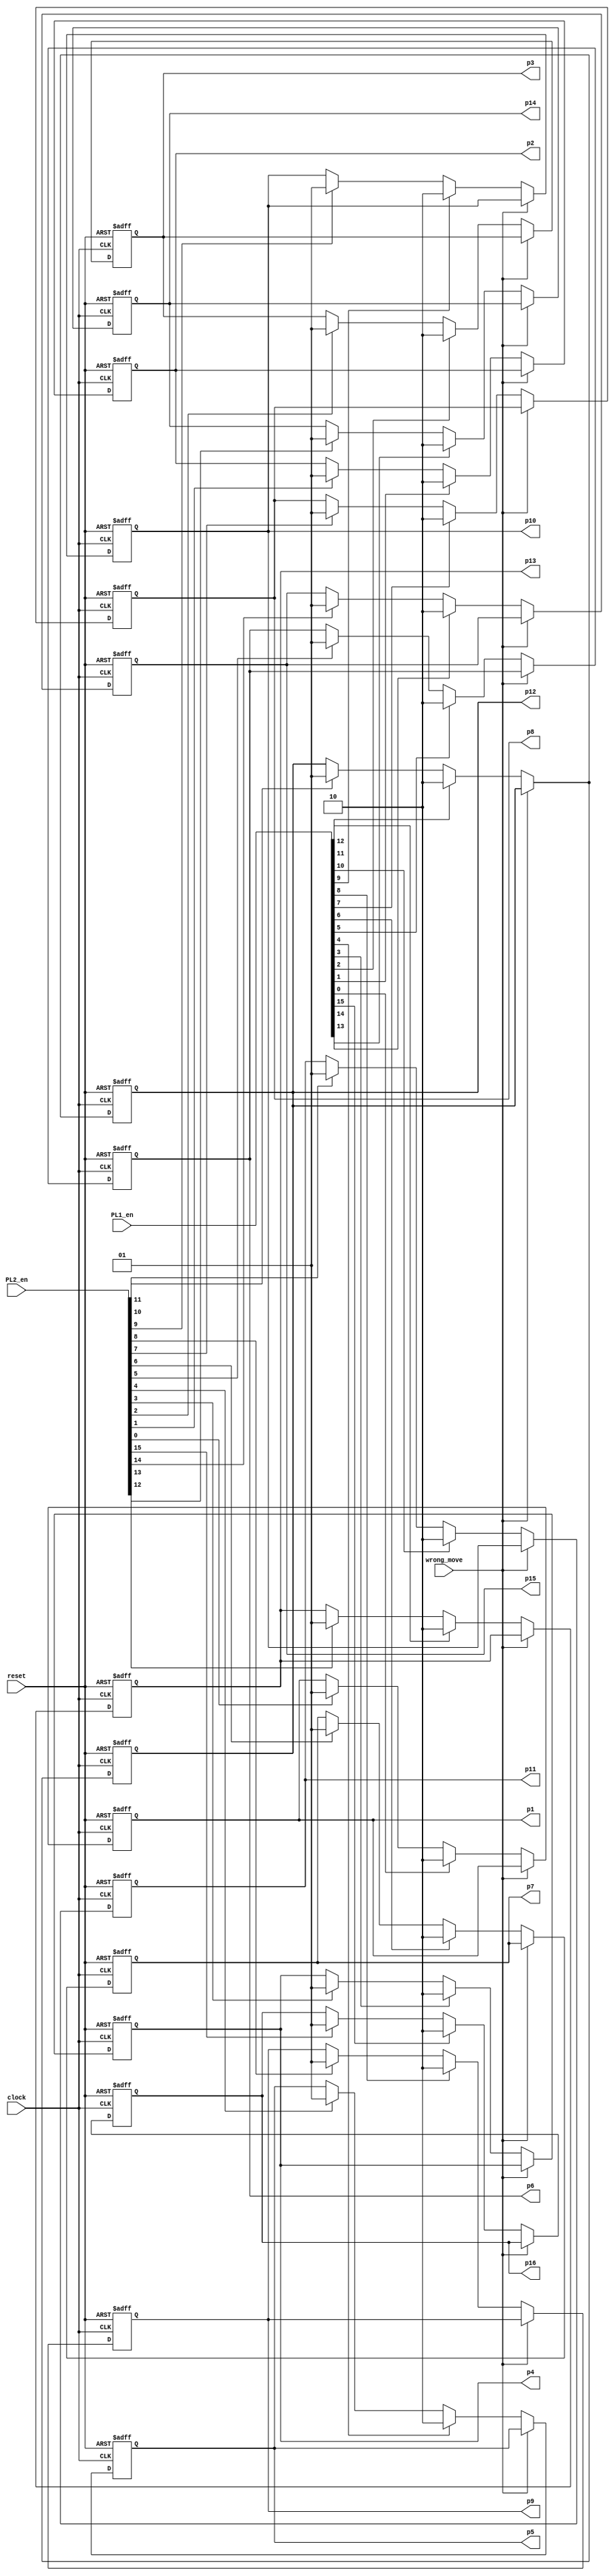
`timescale 1ns / 1ps
//////////////////////////////////////////////////////////////////////////////////
// Company: 
// Engineer: 
// 
// Design Name: 
// Module Name: position_registers
// Project Name: 
// Target Devices: 
// Tool Versions: 
// Description: 
// 
// Dependencies: 
// 
// Revision:
// Revision 0.01 - File Created
// Additional Comments:
// 
//////////////////////////////////////////////////////////////////////////////////


module position_registers(
      input clock, // clock of the game 
      input reset, // reset the game 
      input wrong_move, // disable writing when an illegal move is detected 
      input [15:0] PL1_en, // Computer enable signals 
      input [15:0] PL2_en, // Player enable signals 
      output reg[1:0] p1,p2,p3,p4,
      p5,p6,p7,p8,p9, p10, p11, p12, p13, p14, p15, p16// positions stored
      );
 // Position 1 
 always @(posedge clock or posedge reset)
 begin
  if(reset) 
   p1 <= 2'b00;
  else begin
   if(wrong_move==1'b1)
    p1 <= p1;// keep previous position
   else if(PL1_en[0]==1'b1)
    p1 <= 2'b10; // store player1 data 
   else if (PL2_en[0]==1'b1)
    p1 <= 2'b01;// store player2 data 
   else 
    p1 <= p1;// keep previous position
  end 
 end 
 // Position 2 
 always @(posedge clock or posedge reset)
 begin
  if(reset) 
   p2 <= 2'b00;
  else begin
   if(wrong_move==1'b1)
    p2 <= p2;// keep previous position
   else if(PL1_en[1]==1'b1)
    p2 <= 2'b10; // store computer data 
   else if (PL2_en[1]==1'b1)
    p2 <= 2'b01;// store player data 
   else 
    p2 <= p2;// keep previous position
  end 
 end 
// Position 3 
 always @(posedge clock or posedge reset)
 begin
  if(reset) 
   p3 <= 2'b00;
  else begin
   if(wrong_move==1'b1)
    p3 <= p3;// keep previous position
   else if(PL1_en[2]==1'b1)
    p3 <= 2'b10; // store computer data 
   else if (PL2_en[2]==1'b1)
    p3 <= 2'b01;// store player data 
   else 
    p3 <= p3;// keep previous position
  end 
 end  
 // Position 4 
 always @(posedge clock or posedge reset)
 begin
  if(reset) 
   p4 <= 2'b00;
  else begin
   if(wrong_move==1'b1)
    p4 <= p4;// keep previous position
   else if(PL1_en[3]==1'b1)
    p4 <= 2'b10; // store computer data 
   else if (PL2_en[3]==1'b1)
    p4 <= 2'b01;// store player data 
   else 
    p4 <= p4;// keep previous position
  end 
 end 
 // Position 5 
 always @(posedge clock or posedge reset)
 begin
  if(reset) 
   p5 <= 2'b00;
  else begin
   if(wrong_move==1'b1)
    p5 <= p5;// keep previous position
   else if(PL1_en[4]==1'b1)
    p5 <= 2'b10; // store computer data 
   else if (PL2_en[4]==1'b1)
    p5 <= 2'b01;// store player data 
   else 
    p5 <= p5;// keep previous position
  end 
 end 
 // Position 6 
 always @(posedge clock or posedge reset)
 begin
  if(reset) 
   p6 <= 2'b00;
  else begin
   if(wrong_move==1'b1)
    p6 <= p6;// keep previous position
   else if(PL1_en[5]==1'b1)
    p6 <= 2'b10; // store computer data 
   else if (PL2_en[5]==1'b1)
    p6 <= 2'b01;// store player data 
   else 
    p6 <= p6;// keep previous position
  end 
 end 
 // Position 7 
 always @(posedge clock or posedge reset)
 begin
  if(reset) 
  p7 <= 2'b00;
  else begin
   if(wrong_move==1'b1)
    p7 <= p7;// keep previous position
   else if(PL1_en[6]==1'b1)
    p7 <= 2'b10; // store computer data 
   else if (PL2_en[6]==1'b1)
    p7 <= 2'b01;// store player data 
   else 
    p7 <= p7;// keep previous position
  end 
 end 
 // Position 8 
 always @(posedge clock or posedge reset)
 begin
  if(reset) 
   p8 <= 2'b00;
  else begin
   if(wrong_move==1'b1)
    p8 <= p8;// keep previous position
   else if(PL1_en[7]==1'b1)
    p8 <= 2'b10; // store computer data 
   else if (PL2_en[7]==1'b1)
    p8 <= 2'b01;// store player data 
   else 
    p8 <= p8;// keep previous position
  end 
 end 
 // Position 9 
 always @(posedge clock or posedge reset)
 begin
  if(reset) 
   p9 <= 2'b00;
  else begin
   if(wrong_move==1'b1)
    p9 <= p9;// keep previous position
   else if(PL1_en[8]==1'b1)
    p9 <= 2'b10; // store computer data 
   else if (PL2_en[8]==1'b1)
    p9 <= 2'b01;// store player data 
   else 
    p9 <= p9;// keep previous position
  end 
 end 
 
 //position10
 always @(posedge clock or posedge reset)
 begin
  if(reset) 
   p10 <= 2'b00;
  else begin
   if(wrong_move==1'b1)
    p10 <= p10;// keep previous position
   else if(PL1_en[9]==1'b1)
    p10 <= 2'b10; // store computer data 
   else if (PL2_en[9]==1'b1)
    p10 <= 2'b01;// store player data 
   else 
    p10 <= p10;// keep previous position
  end 
 end 
 
 //position11
 always @(posedge clock or posedge reset)
 begin
  if(reset) 
   p11 <= 2'b00;
  else begin
   if(wrong_move==1'b1)
    p11 <= p10;// keep previous position
   else if(PL1_en[10]==1'b1)
    p11 <= 2'b10; // store computer data 
   else if (PL2_en[10]==1'b1)
    p11 <= 2'b01;// store player data 
   else 
    p11 <= p11;// keep previous position
  end 
 end  
 
  always @(posedge clock or posedge reset)
 begin
  if(reset) 
   p12 <= 2'b00;
  else begin
   if(wrong_move==1'b1)
    p12 <= p12;// keep previous position
   else if(PL1_en[11]==1'b1)
    p12 <= 2'b10; // store computer data 
   else if (PL2_en[11]==1'b1)
    p12 <= 2'b01;// store player data 
   else 
    p12 <= p12;// keep previous position
  end 
 end 
    
always @(posedge clock or posedge reset)
 begin
  if(reset) 
   p12 <= 2'b00;
  else begin
   if(wrong_move==1'b1)
    p12 <= p12;// keep previous position
   else if(PL1_en[11]==1'b1)
    p12 <= 2'b10; // store computer data 
   else if (PL2_en[11]==1'b1)
    p12 <= 2'b01;// store player data 
   else 
    p12 <= p12;// keep previous position
  end 
 end   
 
 always @(posedge clock or posedge reset)
 begin
  if(reset) 
   p13 <= 2'b00;
  else begin
   if(wrong_move==1'b1)
    p13 <= p13;// keep previous position
   else if(PL1_en[12]==1'b1)
    p13 <= 2'b10; // store computer data 
   else if (PL2_en[12]==1'b1)
    p13 <= 2'b01;// store player data 
   else 
    p13 <= p13;// keep previous position
  end 
 end  
 
 always @(posedge clock or posedge reset)
 begin
  if(reset) 
   p14 <= 2'b00;
  else begin
   if(wrong_move==1'b1)
    p14 <= p14;// keep previous position
   else if(PL1_en[13]==1'b1)
    p14 <= 2'b10; // store computer data 
   else if (PL2_en[13]==1'b1)
    p14 <= 2'b01;// store player data 
   else 
    p14 <= p14;// keep previous position
  end 
 end 
 
  always @(posedge clock or posedge reset)
 begin
  if(reset) 
   p15 <= 2'b00;
  else begin
   if(wrong_move==1'b1)
    p15 <= p15;// keep previous position
   else if(PL1_en[14]==1'b1)
    p15 <= 2'b10; // store computer data 
   else if (PL2_en[14]==1'b1)
    p15 <= 2'b01;// store player data 
   else 
    p15 <= p15;// keep previous position
  end 
 end   
 
  always @(posedge clock or posedge reset)
 begin
  if(reset) 
   p16 <= 2'b00;
  else begin
   if(wrong_move==1'b1)
    p16 <= p16;// keep previous position
   else if(PL1_en[15]==1'b1)
    p16 <= 2'b10; // store computer data 
   else if (PL2_en[15]==1'b1)
    p16 <= 2'b01;// store player data 
   else 
    p16 <= p16;// keep previous position
  end 
 end  
 
 
endmodule